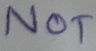
Text: NOT